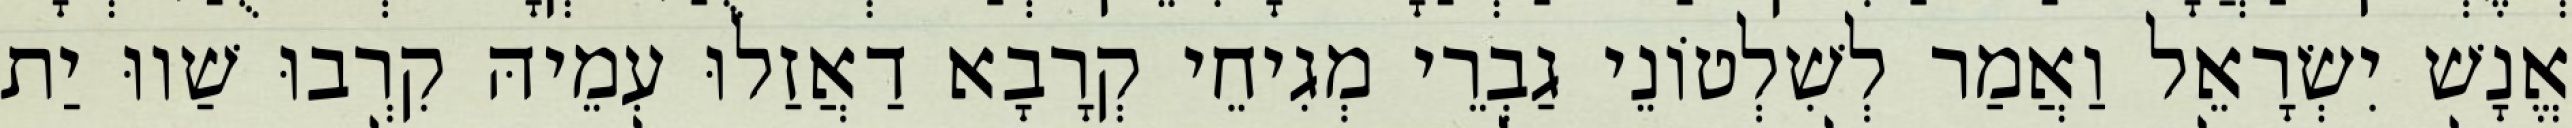
אֱנָשׁ יִשְׂרָאֵל וַאֲמַר לְשִׁלְטוֹנֵי גַבְרֵי מְגִיחֵי קְרָבָא דַאֲזַלוּ עִמֵיהּ קִרְבוּ שַׁווּ יַת